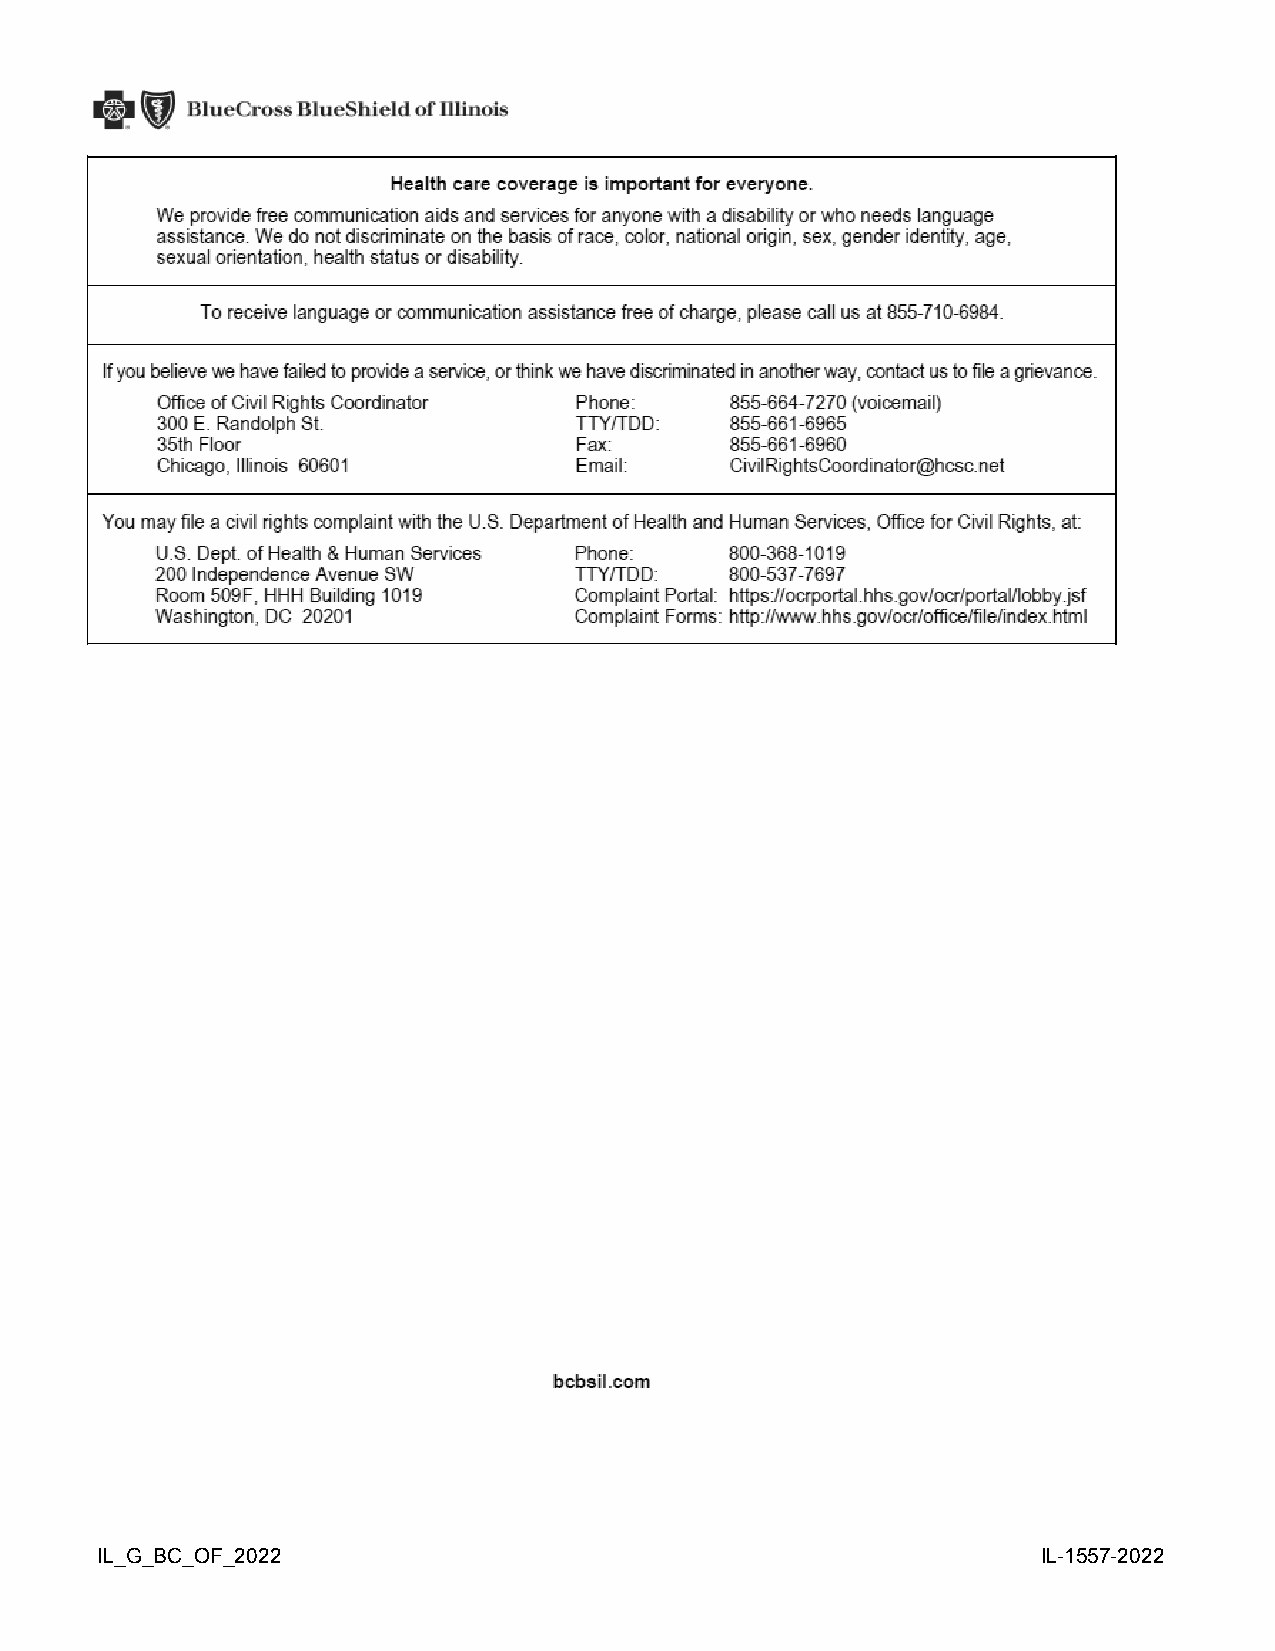
IL_G_BC_OF_2022                                                IL-1557-2022